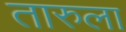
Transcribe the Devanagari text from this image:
तारुला